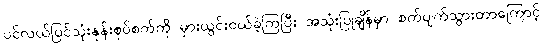
ပင်လယ်ပြင်သုံးနုန်းစုပ်စက်ကို မှားယွင်းဝယ်ခဲ့ကြပြီး အသုံးပြုချိန်မှာ စက်ပျက်သွားတာကြောင့်